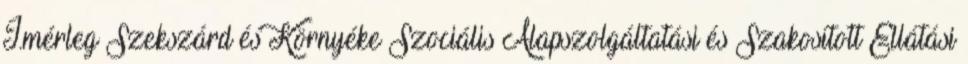
I.mérleg Szekszárd és Környéke Szociális Alapszolgáltatási és Szakosított Ellátási